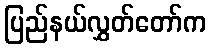
ပြည်နယ်လွှတ်တော်က